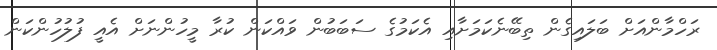
ރަހްމާންއަށް ބަލައިގެން ތިބޭނެކަމަށާއި އެކަމުގެ ސަބަބުން ވައްކަން ކުރާ މީހުންނަށް އެެއީ ފުލުހުންކަން